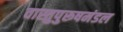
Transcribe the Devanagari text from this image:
वास्तुपुरूषमंडल